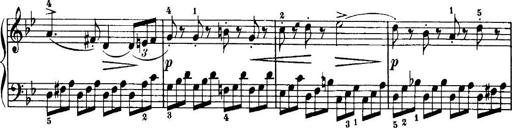
Title: 7 Sonatinas
Composer: Anton Diabelli